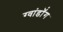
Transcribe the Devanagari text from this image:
ग्वांडॉंग